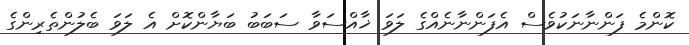
ކޮންމެ ފަންނާނަކުވެސް އެފަންނާނެއްގެ ލަވަ ޚާއްސަވާ ސަބަބު ބަޔާންކޮށް އެ ލަވަ ބެލުންތެރިންގެ